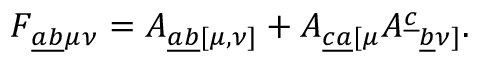
{ F _ { \underline { { { a b } } } \mu \nu } } = { A _ { \underline { { { a b } } } [ \mu , \nu ] } } + { A _ { \underline { { { c a } } } [ \mu } A ^ { \underline { { { c } } } } { } _ { \underline { { { b } } } \nu ] } } .